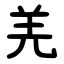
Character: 羌